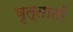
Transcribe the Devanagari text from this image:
वृत्तातों